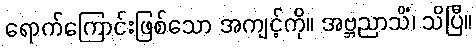
ရောက်ကြောင်းဖြစ်သော အကျင့်ကို။ အဗ္ဘညာသိံ၊ သိပြီ။